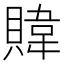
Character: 𫎞